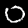
Label: 0